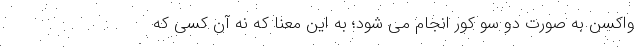
واکسن به صورت دو سو کور انجام می شود؛ به این معنا که نه آن کسی که